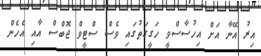
އިރު އޭނާ އަށް އިހުސާސްވީ ހަގީގަތުގައި ވެސް ސްޓީވް ޖޮބްސް އާއި އެހެން